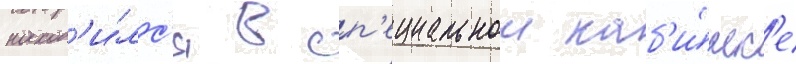
наход'и́лс'я в сп'ециальнои каб'и́нк'е